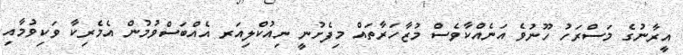
އީރާނުގެ މަސްރަހު ހޫނުވެ އަނެއްކާވެސް މުޒާހަރާތައް މިފެށުނީ ނިއުކްލިއަރ އެއްބަސްވުމުން އެމެރިކާ ވަކިވުމާއި